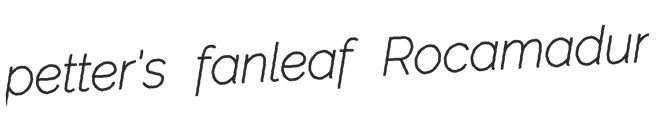
petter's fanleaf Rocamadur